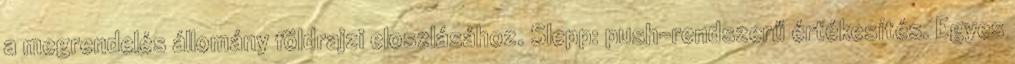
a megrendelés állomány földrajzi eloszlásához. Slepp: push-rendszerű értékesítés. Egyes